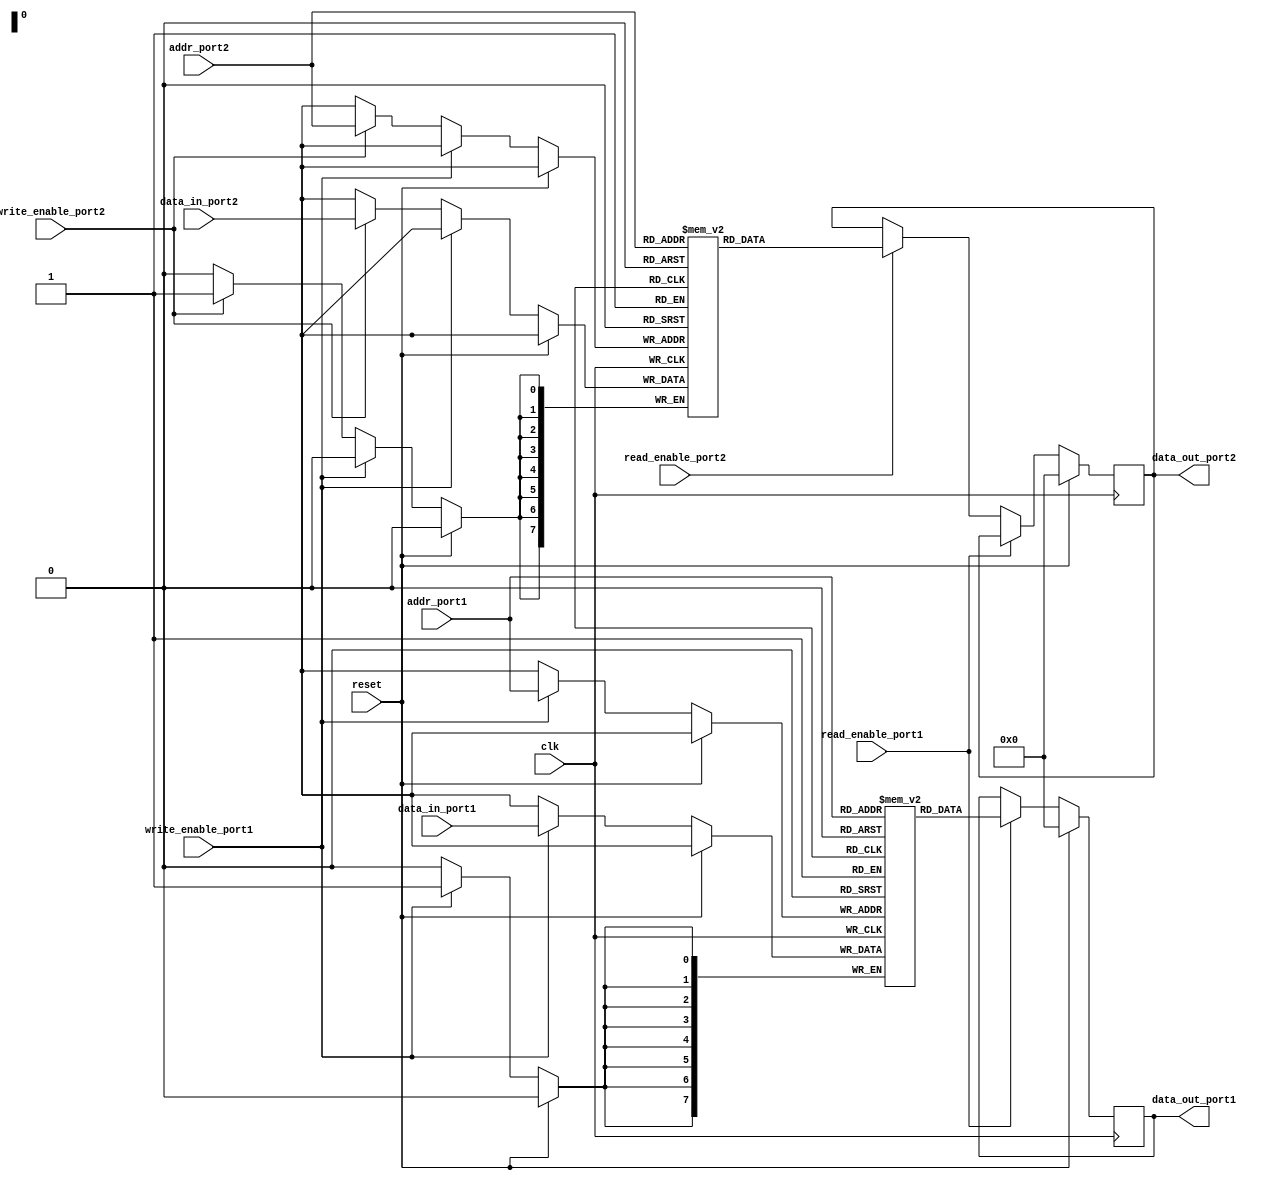
module dual_port_RAM_with_priority (
    input wire clk,
    input wire reset,
    input wire [7:0] data_in_port1,
    input wire [7:0] data_in_port2,
    input wire [7:0] addr_port1,
    input wire [7:0] addr_port2,
    input wire write_enable_port1,
    input wire write_enable_port2,
    input wire read_enable_port1,
    input wire read_enable_port2,
    output reg [7:0] data_out_port1,
    output reg [7:0] data_out_port2
);

reg [7:0] ram_block1 [0:255];
reg [7:0] ram_block2 [0:255];

always @(posedge clk) begin
    if (reset) begin
        data_out_port1 <= 8'b0;
        data_out_port2 <= 8'b0;
    end else begin
        if (read_enable_port1) begin
            data_out_port1 <= ram_block1[addr_port1];
        end else if (read_enable_port2) begin
            data_out_port2 <= ram_block2[addr_port2];
        end
        
        if (write_enable_port1) begin
            ram_block1[addr_port1] <= data_in_port1;
        end else if (write_enable_port2) begin
            ram_block2[addr_port2] <= data_in_port2;
        end
    end
end

endmodule